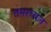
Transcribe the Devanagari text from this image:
तमरध्वज